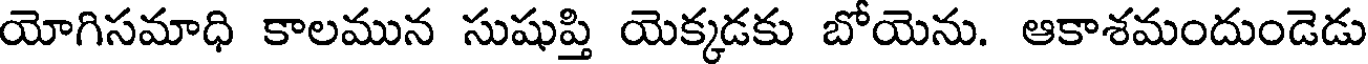
యోగిసమాధి కాలమున సుషుప్తి యెక్కడకు బోయెను. ఆకాశమందుండెడు